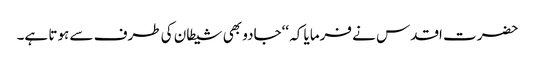
حضرت اقدس نے فرمایا کہ ‘‘جادو بھی شیطان کی طرف سے ہوتا ہے۔